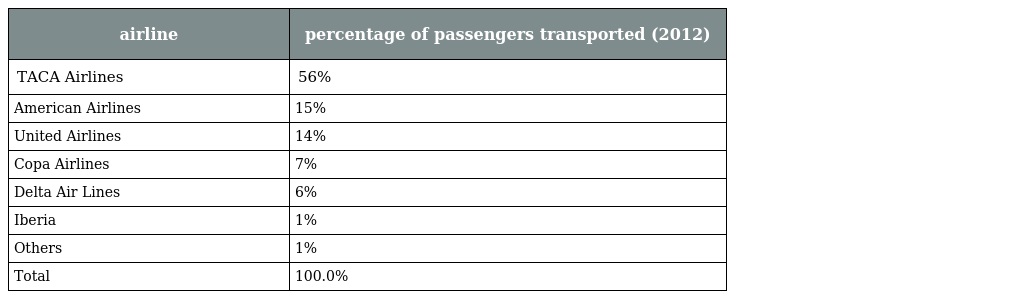
| airline | percentage of passengers transported (2012) |
 | --- | --- |
 | TACA Airlines | 56% |
 | American Airlines | 15% |
 | United Airlines | 14% |
 | Copa Airlines | 7% |
 | Delta Air Lines | 6% |
 | Iberia | 1% |
 | Others | 1% |
 | Total | 100.0% |